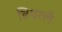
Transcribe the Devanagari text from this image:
ब्रियरले